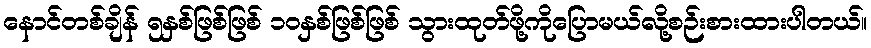
နောင်တစ်ချိန် ၅နှစ်ဖြစ်ဖြစ် ၁၀နှစ်ဖြစ်ဖြစ် သွားထုတ်ဖို့ကိုပြောမယ်လို့စဉ်းစားထားပါတယ်။